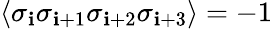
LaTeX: \langle\sigma_{\mathbf{i}}\sigma_{\mathbf{i}+1}\sigma_{\mathbf{i}+2}\sigma_{\mathbf{i}+3}\rangle=-1